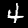
Digit: 4